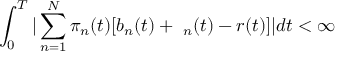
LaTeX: \int _ { 0 } ^ { T } | \sum _ { n = 1 } ^ { N } \pi _ { n } ( t ) [ b _ { n } ( t ) + \mathbf { \delta } _ { n } ( t ) - r ( t ) ] | d t < \infty